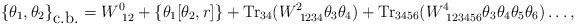
LaTeX: \begin{align*}\{\theta_1,\theta_2\}_{\mbox{c.b.}}=W^{0}_{~12}+ \left\{\theta_1[\theta_2,r]\right\}+\mbox{Tr}_{34}(W^2_{~1234}\theta_3\theta_4)+\mbox{Tr}_{3456}(W^4_{~123456}\theta_3\theta_4\theta_5\theta_6)\ldots, \end{align*}